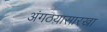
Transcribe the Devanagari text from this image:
अंगठय़ासारखा